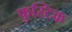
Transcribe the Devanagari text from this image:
फुस्टिक